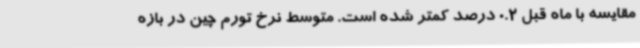
مقایسه با ماه قبل 0.2 درصد کمتر شده است. متوسط نرخ تورم چین در بازه